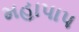
મહાપાપ